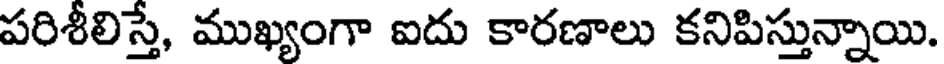
పరిశీలిస్తే, ముఖ్యంగా ఐదు కారణాలు కనిపిస్తున్నాయి.